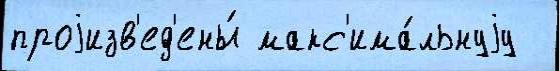
проjизв'ед'ены́ макс'има́льнуjу